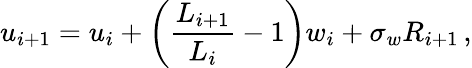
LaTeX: u_{i+1}=u_{i}+\bigg(\frac{L_{i+1}}{L_{i}}-1\bigg)w_{i}+\sigma_{w}R_{i+1}\, ,